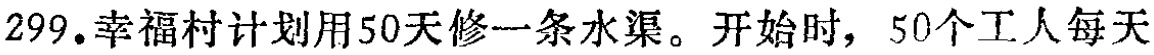
299.幸福村计划用50天修一条水渠。开始时，50个工人每天